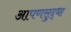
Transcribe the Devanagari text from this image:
आपणसुद्धा